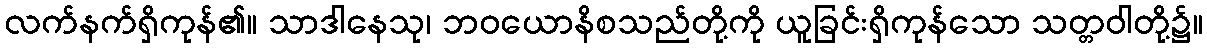
လက်နက်ရှိကုန်၏။ သာဒါနေသု၊ ဘဝယောနိစသည်တို့ကို ယူခြင်းရှိကုန်သော သတ္တဝါတို့၌။